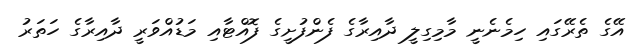
އޭގެ ތެރޭގައި ހިމެނެނީ މާމިގިލީ ދާއިރާގެ ފެންފުށީގެ ފޮއްޓާއި މަޑުއްވަރީ ދާއިރާގެ ހަތަރު